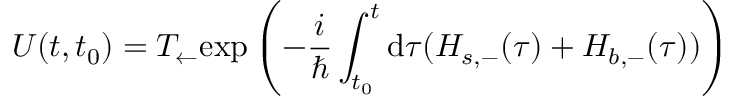
U ( t , t _ { 0 } ) = T _ { \leftarrow } \mathrm { e x p } \left( - \frac { i } { \hbar } \int _ { t _ { 0 } } ^ { t } \mathrm { d } \tau ( H _ { s , - } ( \tau ) + H _ { b , - } ( \tau ) ) \right)